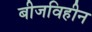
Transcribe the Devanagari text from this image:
बीजविहीन